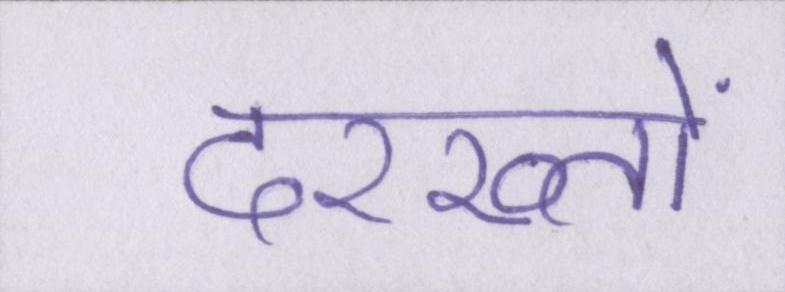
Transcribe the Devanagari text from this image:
दरख्तों